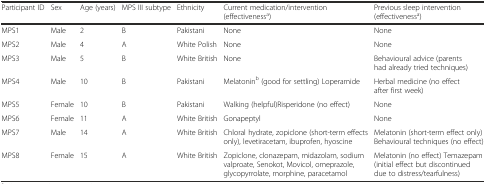
<table><thead><tr><td><b>Participant ID</b></td><td><b>Sex</b></td><td><b>Age (years)</b></td><td><b>MPS III subtype</b></td><td><b>Ethnicity</b></td><td><b>Current medication/intervention (effectiveness<sup>a</sup>)</b></td><td><b>Previous sleep intervention (effectiveness<sup>a</sup>)</b></td></tr></thead><tbody><tr><td>MPS1</td><td>Male</td><td>2</td><td>B</td><td>Pakistani</td><td>None</td><td>None</td></tr><tr><td>MPS2</td><td>Male</td><td>4</td><td>A</td><td>White Polish</td><td>None</td><td>None</td></tr><tr><td>MPS3</td><td>Male</td><td>5</td><td>B</td><td>White British</td><td>None</td><td>Behavioural advice (parents had already tried techniques)</td></tr><tr><td>MPS4</td><td>Male</td><td>10</td><td>B</td><td>Pakistani</td><td>Melatonin<sup>b</sup> (good for settling) Loperamide</td><td>Herbal medicine (no effect after first week)</td></tr><tr><td>MPS5</td><td>Female</td><td>10</td><td>B</td><td>Pakistani</td><td>Walking (helpful)Risperidone (no effect)</td><td>None</td></tr><tr><td>MPS6</td><td>Female</td><td>11</td><td>A</td><td>White British</td><td>Gonapeptyl</td><td>None</td></tr><tr><td>MPS7</td><td>Male</td><td>14</td><td>A</td><td>White British</td><td>Chloral hydrate, zopiclone (short-term effects only), levetiracetam, ibuprofen, hyoscine</td><td>Melatonin (short-term effect only)Behavioural techniques (no effect)</td></tr><tr><td>MPS8</td><td>Female</td><td>15</td><td>A</td><td>White British</td><td>Zopiclone, clonazepam, midazolam, sodium valproate, Senokot, Movicol, omeprazole, glycopyrrolate, morphine, paracetamol</td><td>Melatonin (no effect) Temazepam (initial effect but discontinued due to distress/tearfulness)</td></tr></tbody></table>